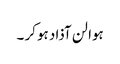
ہوا لن آذاد ہو کر ۔